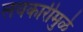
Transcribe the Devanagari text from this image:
लयकारीमुळे